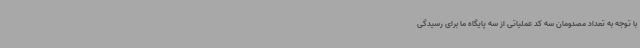
با توجه به تعداد مصدومان سه کد عملیاتی از سه پایگاه ما برای رسیدگی